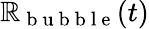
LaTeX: \mathbb{R}_{\mathrm{{~b~u~b~b~l~e~}}}(t)